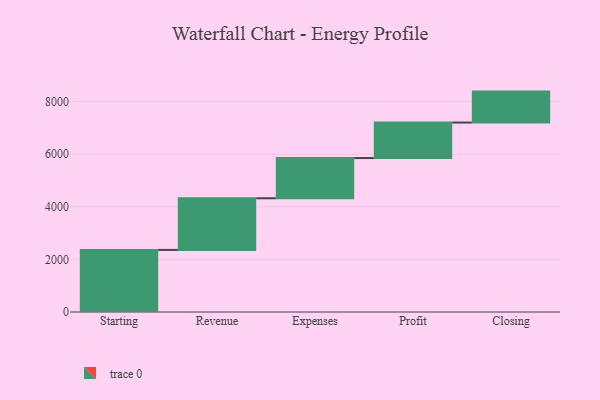
{"axis": {"x": "Step", "y": "Value"}, "legend": [""], "data": [{"x": "Starting", "y": 2361.0, "type": ""}, {"x": "Revenue", "y": 1964.0, "type": ""}, {"x": "Expenses", "y": 1529.0, "type": ""}, {"x": "Profit", "y": 1350.0, "type": ""}, {"x": "Closing", "y": 1177.0, "type": ""}]}